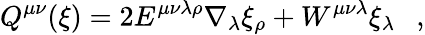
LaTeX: Q^{\mu\nu}(\xi)=2E^{\mu\nu\lambda\rho}\nabla_{\lambda}\xi_{\rho}+W^{\mu\nu\lambda}\xi_{\lambda}~~~,